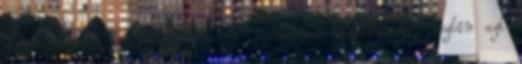
zsebű siheder legényke, aki egy személybe beleháborodík, osztán azt